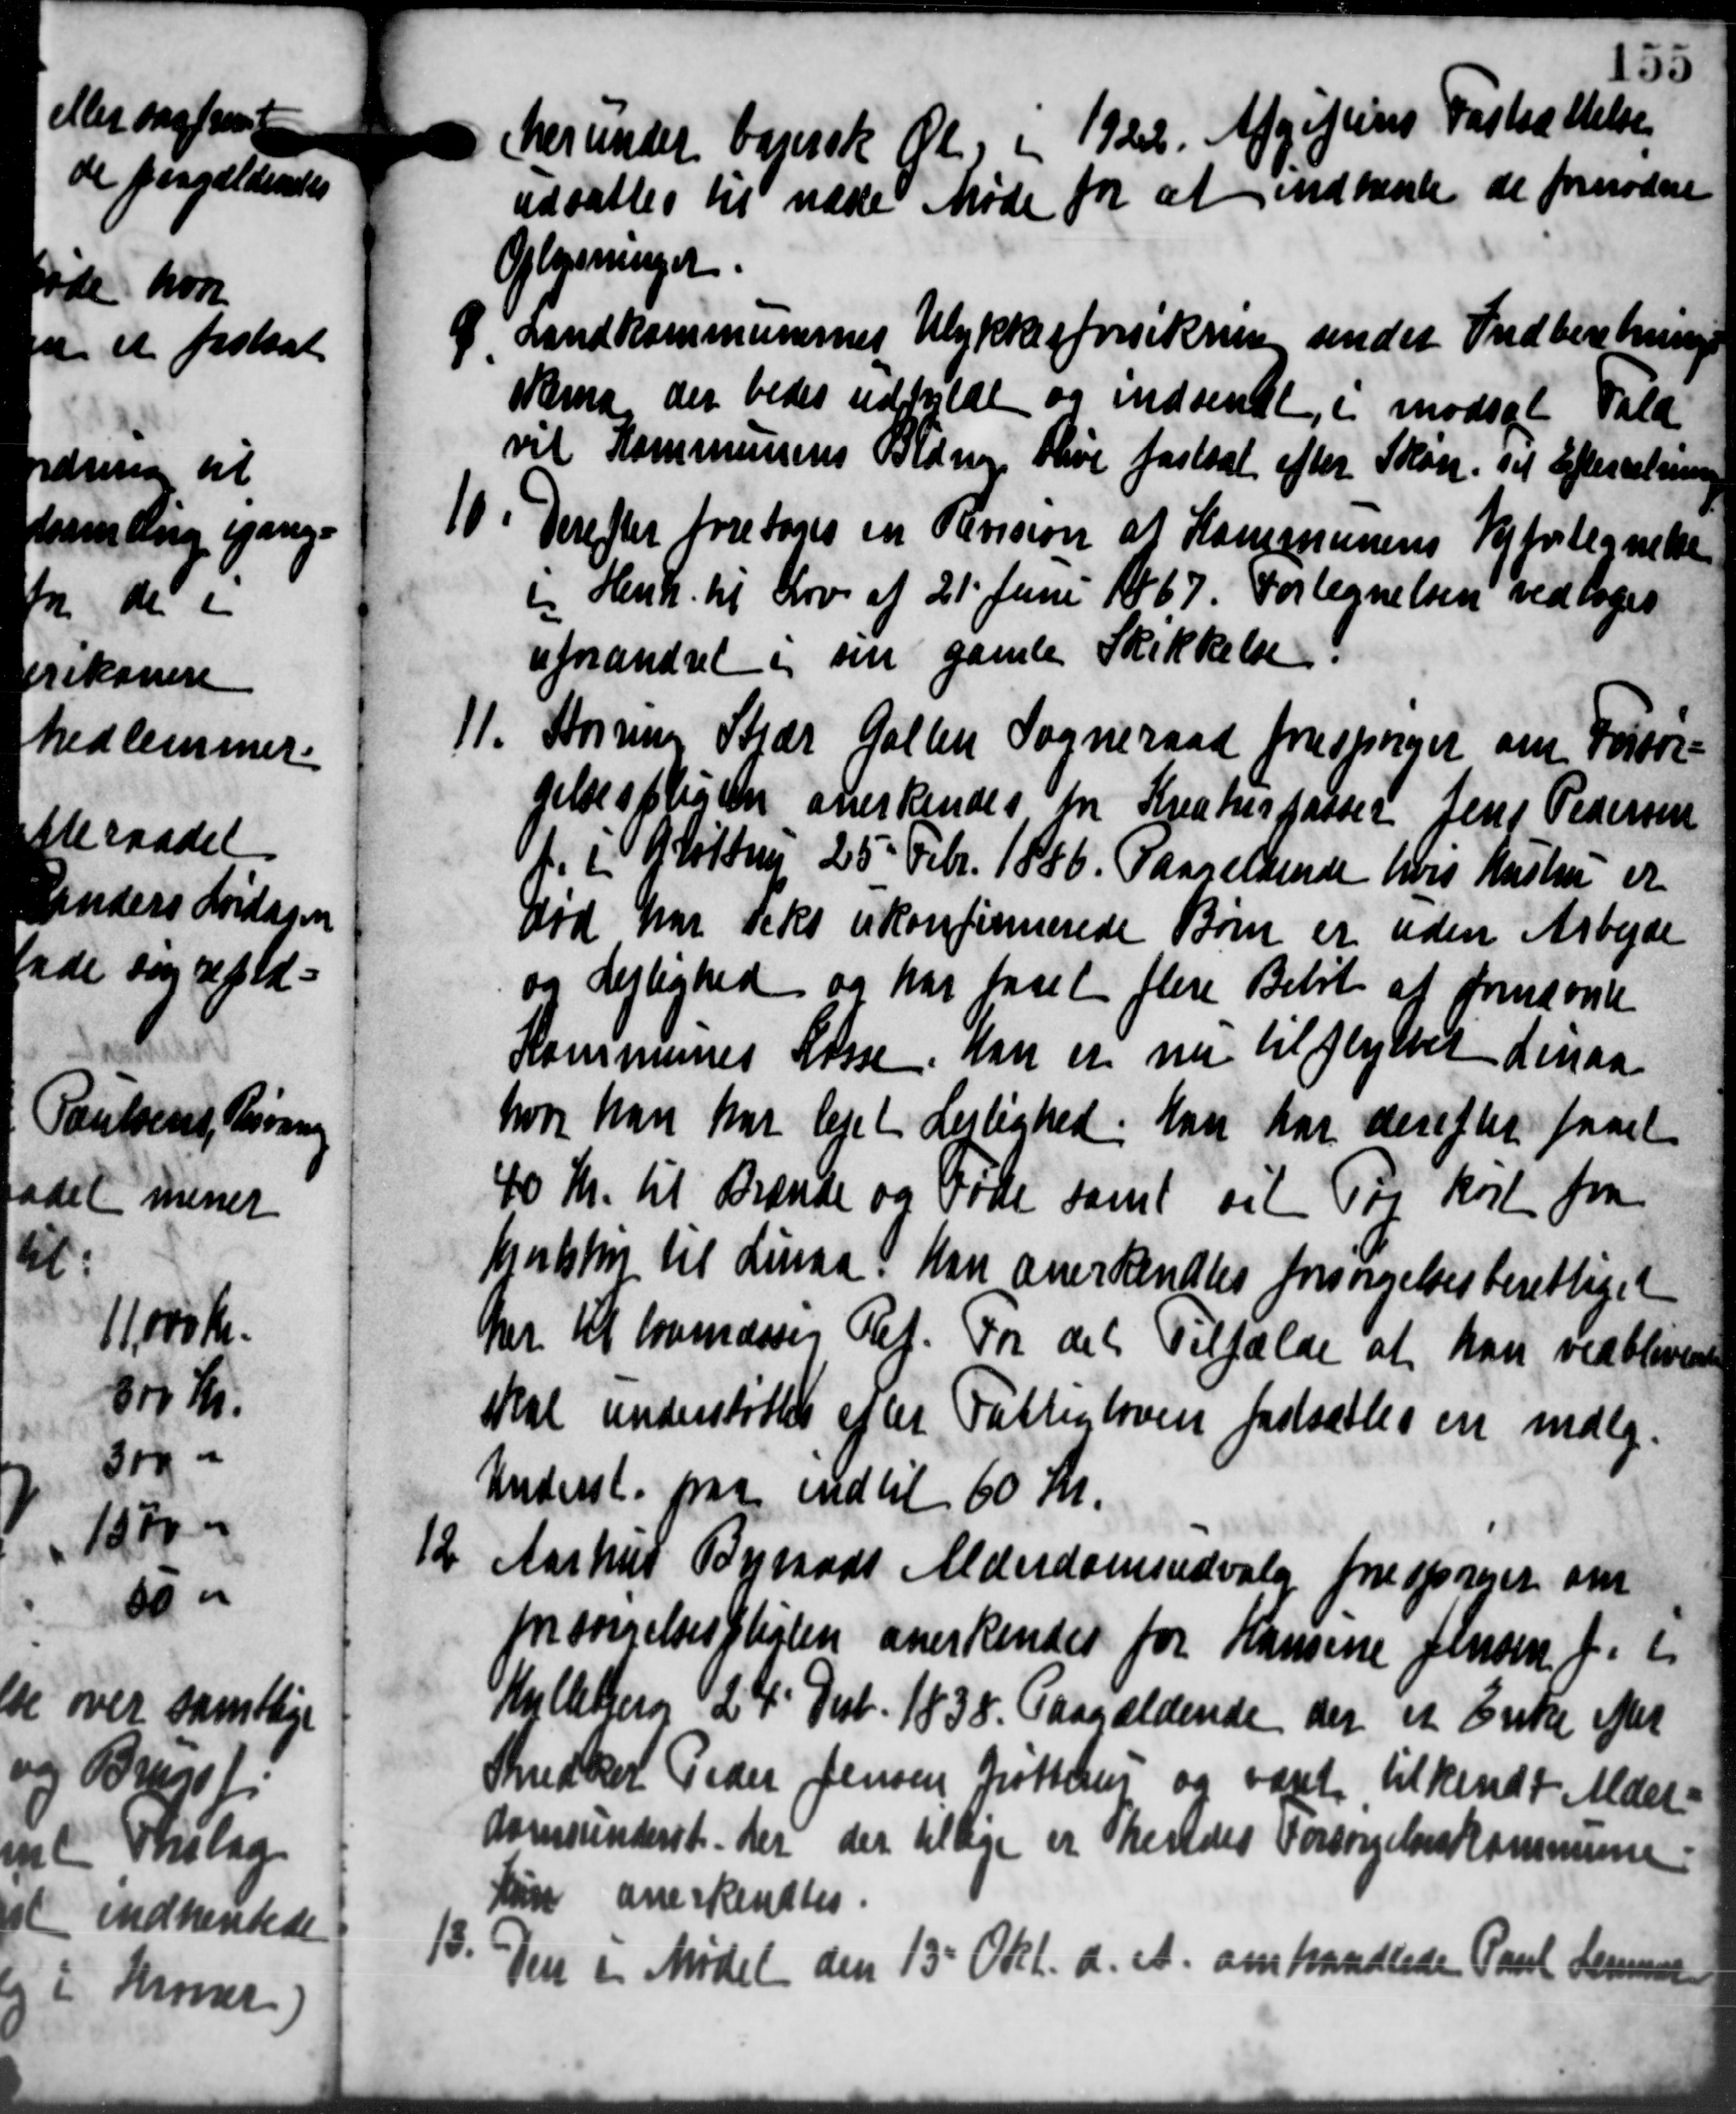
Transskription:
herunder bejersk Øl i 1922. Afgiftens Fastsættelse
udsattes til næste Møde for at indhente de fornødne
Oplysninger.

Landkommunernes Ulykkesforsikring sendet Indberetning
skling der bedes udskilde og indsendt, i modsat Fald
vil Kommunens Bidrag blive fastsat efter Skøn. Til Efterretning
. Derefter foretoges en Revision af Kommunens Vejfortegnelse
. Derefter foretoges en Revision af Kommunens Vejfortegnelse
 Henh. til Lov af 21' Juni 1867. Fortegnelsen vedtoges
forandret i sin gamle Skikkelse
1. Størring Stjær Galten Sogneraad forespørger om Forsør-
1. Størring Stjær Galten Sogneraad forespørger om Forsør-
gelsespligten anerkendes til Kreaturpasser Jens Pedersen
f. i Grøttrup 25 Febr. 1856. Paarelsende hvis Kastru er
Død har teks ukonfirmerede Børn er uden Arbejde
og Lejlighed og har faaet flere Beløb af fremsende
Kommunes Lasse. Han er nu tilflyttet deraa
hvor han har lejet Lejlighed. Han har derefter faaet
40 Kr. til Brænde og Føde samt sit Til kort fra
Gokke til Linaa han anerkendtes forsørgelsesberettiget
her til lovenæsses Ref. For det Tilfælde at han vedblivende
at understøttes efter Fattigloven fastsættes en mdlg.
nderst paa indtil 60 Kr.

Aarhus Byraads Alderdomsudvalg forspriser om
forsørgelsespligten anerkendes for Hansine Jensen f. 1
Hullebjerg 24' Decb. 1838. Paagældende der et Enke efter
Skredker Peder Jensen Jutten og været tilkendt Alders
domsunderst der der tillige er hendes Forsørgelseskommunen
løn anerkendtes.

i i Mødet den 13' Okt. d. A. omhandlede Paul Lemmer